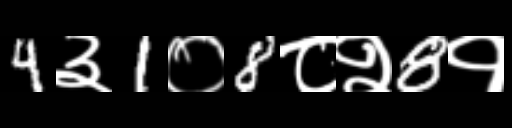
Text: 4३1०8८२8१